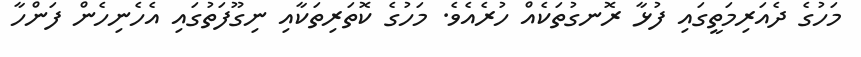
މަހުގެ ދެއަރިމަތީގައި ފުޅާ ރޮނގުތަކެއް ހުރެއެވެ. މަހުގެ ކޮތަރިތަކާއި ނިގޫފަތުގައި އެހެނިހެން ފަންހާ